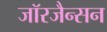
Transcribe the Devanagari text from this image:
जॉरजैन्सन